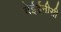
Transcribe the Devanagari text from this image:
बेईईनीसी